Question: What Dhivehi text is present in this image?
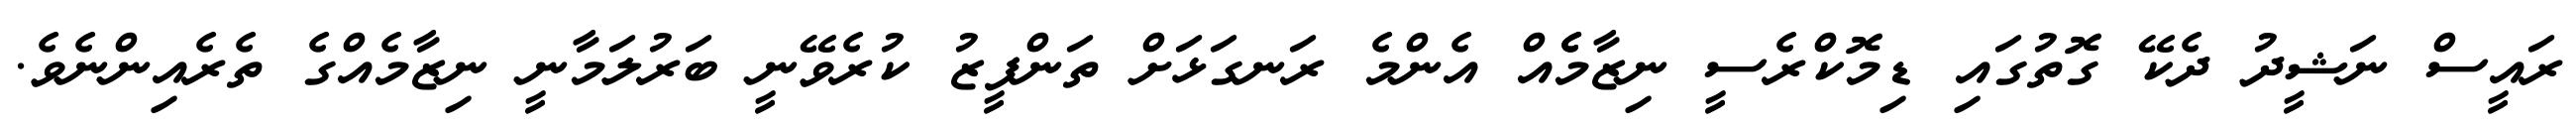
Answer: ރައީސް ނަޝީދު ދެކޭ ގޮތުގައި ޑިމޮކްރެސީ ނިޒާމެެއް އެންމެ ރަނގަޅަށް ތަންފީޒު ކުރެވޭނީ ބަރުލަމާނީ ނިޒާމެއްގެ ތެރެއިންނެވެ.